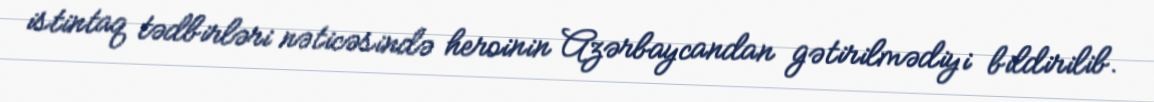
istintaq tədbirləri nəticəsində heroinin Azərbaycandan gətirilmədiyi bildirilib.